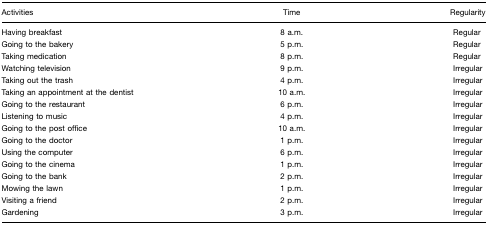
<table><thead><tr><td><b>Activities</b></td><td><b>Time</b></td><td><b>Regularity</b></td></tr></thead><tbody><tr><td>Having breakfast</td><td>8 a.m.</td><td>Regular</td></tr><tr><td>Going to the bakery</td><td>5 p.m.</td><td>Regular</td></tr><tr><td>Taking medication</td><td>8 p.m.</td><td>Regular</td></tr><tr><td>Watching television</td><td>9 p.m.</td><td>Irregular</td></tr><tr><td>Taking out the trash</td><td>4 p.m.</td><td>Irregular</td></tr><tr><td>Taking an appointment at the dentist</td><td>10 a.m.</td><td>Irregular</td></tr><tr><td>Going to the restaurant</td><td>6 p.m.</td><td>Irregular</td></tr><tr><td>Listening to music</td><td>4 p.m.</td><td>Irregular</td></tr><tr><td>Going to the post office</td><td>10 a.m.</td><td>Irregular</td></tr><tr><td>Going to the doctor</td><td>1 p.m.</td><td>Irregular</td></tr><tr><td>Using the computer</td><td>6 p.m.</td><td>Irregular</td></tr><tr><td>Going to the cinema</td><td>1 p.m.</td><td>Irregular</td></tr><tr><td>Going to the bank</td><td>2 p.m.</td><td>Irregular</td></tr><tr><td>Mowing the lawn</td><td>1 p.m.</td><td>Irregular</td></tr><tr><td>Visiting a friend</td><td>2 p.m.</td><td>Irregular</td></tr><tr><td>Gardening</td><td>3 p.m.</td><td>Irregular</td></tr></tbody></table>